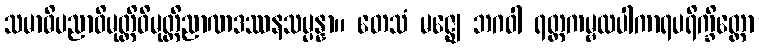
သမာဓိပညာဝိမုတ္တိဝိမုတ္တိညာဏဒဿနသမ္ပန္နာ။ တေသံ မဇ္ဈေ ဘဂဝါ ရတ္တကမ္ဗလပါကာရပရိက္ခိတ္တော